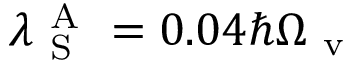
\lambda _ { \mathrm { ~ S ~ } } ^ { \mathrm { ~ A ~ } } = 0 . 0 4 \hbar \Omega _ { \mathrm { ~ v ~ } }